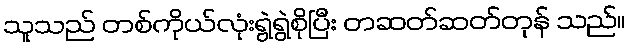
သူသည် တစ်ကိုယ်လုံးရွဲရွဲစိုပြီး တဆတ်ဆတ်တုန် သည်။